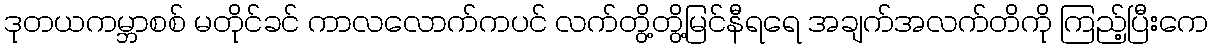
ဒုတယကမ္ဘာစစ် မတိုင်ခင် ကာလလောက်ကပင် လက်တွိ့တွိ့မြင်နီရရေ အချက်အလက်တိကို ကြည့်ပြီးကေ